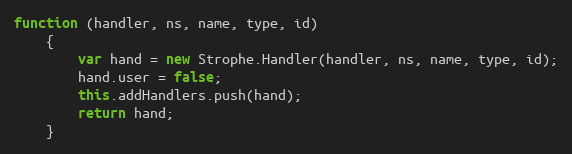
Language: JavaScript
function (handler, ns, name, type, id)
    {
        var hand = new Strophe.Handler(handler, ns, name, type, id);
        hand.user = false;
        this.addHandlers.push(hand);
        return hand;
    }